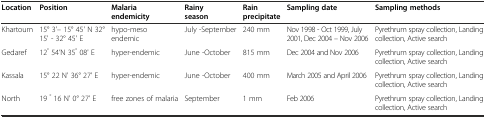
<table><thead><tr><td><b>Location</b></td><td><b>Position</b></td><td><b>Malaria endemicity</b></td><td><b>Rainy season</b></td><td><b>Rain precipitate</b></td><td><b>Sampling date</b></td><td><b>Sampling methods</b></td></tr></thead><tbody><tr><td>Khartoum</td><td>15° 3&#x27;– 15° 45&#x27; N 32° 15&#x27; - 32° 45&#x27; E</td><td>hypo-meso endemic</td><td>July -September</td><td>240 mm</td><td>Nov 1998 - Oct 1999, July 2001, Dec 2004 – Nov 2006</td><td>Pyrethrum spray collection, Landing collection, Active search</td></tr><tr><td>Gedaref</td><td>12<sup>°</sup> 54’N 35<sup>°</sup> 08&#x27; E</td><td>hyper-endemic</td><td>June -October</td><td>815 mm</td><td>Dec 2004 and Nov 2006</td><td>Pyrethrum spray collection, Landing collection, Active search</td></tr><tr><td>Kassala</td><td>15° 22 N&#x27; 36° 27&#x27; E</td><td>hyper-endemic</td><td>June -October</td><td>400 mm</td><td>March 2005 and April 2006</td><td>Pyrethrum spray collection, Landing collection, Active search</td></tr><tr><td>North</td><td>19 <sup>°</sup> 16 N&#x27; 0° 27&#x27; E</td><td>free zones of malaria</td><td>September</td><td>1 mm</td><td>Feb 2006</td><td>Pyrethrum spray collection, Landing collection, Active search</td></tr></tbody></table>